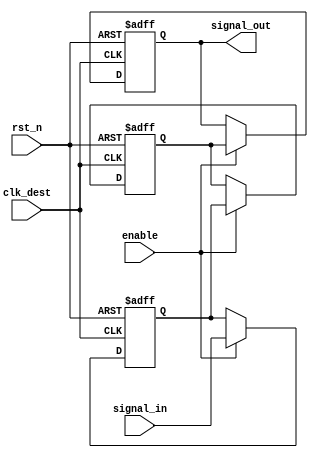
module signal_crossing_synchronizer (
    input wire clk_dest,           // Destination clock
    input wire rst_n,              // Asynchronous active-low reset
    input wire enable,             // Enable signal for synchronizer
    input wire signal_in,          // Input signal from source clock domain
    output reg signal_out          // Synchronised output signal
);

// Internal signals for synchronizer stages
reg signal_ff1; // First flip-flop stage
reg signal_ff2; // Second flip-flop stage

always @(posedge clk_dest or negedge rst_n) begin
    if (!rst_n) begin
        signal_ff1 <= 1'b0;  // Reset first stage
    end else if (enable) begin
        signal_ff1 <= signal_in; // Sample input signal on clock edge
    end
end

always @(posedge clk_dest or negedge rst_n) begin
    if (!rst_n) begin
        signal_ff2 <= 1'b0;  // Reset second stage
    end else if (enable) begin
        signal_ff2 <= signal_ff1; // Propagate the synchronized signal
    end
end

always @(posedge clk_dest or negedge rst_n) begin
    if (!rst_n) begin
        signal_out <= 1'b0;  // Reset output
    end else if (enable) begin
        signal_out <= signal_ff2; // Output synchronized signal
    end
end

endmodule